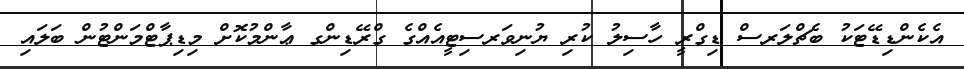
އެކެންޑިޑޭޓަކު ބެޗްލަރސް ޑިގްރީ ހާސިލު ކުރި ޔުނިވަރސިޓީއެއްގެ ގްރޭޑިންގ ޢާންމުކޮށް މިޑިޕާޓްމަންޓުން ބަލައި